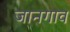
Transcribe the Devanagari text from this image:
जानगाव